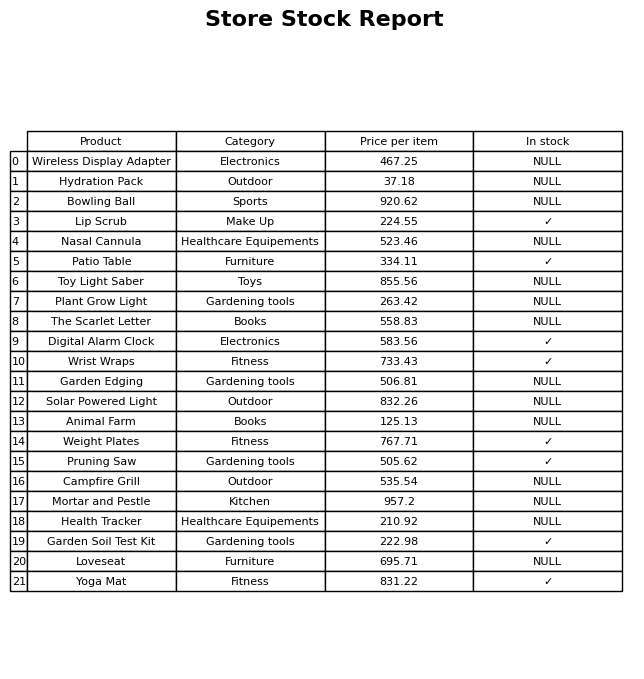
question: Is the Digital Alarm Clock in stock?
answer: ✓